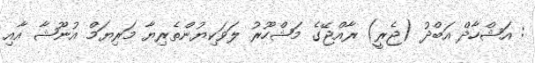
: އަޝްހާދް އަބްދު (ޖެރީ) ރާއްޖޭގެ މަޝްހޫރު ލަވަކިޔުންތެރިޔާ މަރިޔަމް އުނޫޝާ އާއި